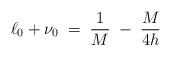
LaTeX: \begin{align*}\ell_0 + \nu_0\; =\; \frac{1}{M}\; -\; \frac{M}{4h}\end{align*}